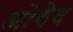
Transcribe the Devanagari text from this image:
ओबैद